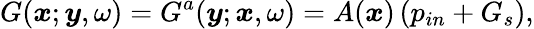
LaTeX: G(\boldsymbol{x};\boldsymbol{y},\omega)=G^{a}(\boldsymbol{y};\boldsymbol{x},\omega)=A(\boldsymbol{x})\left(p_{in}+G_{s}\right),